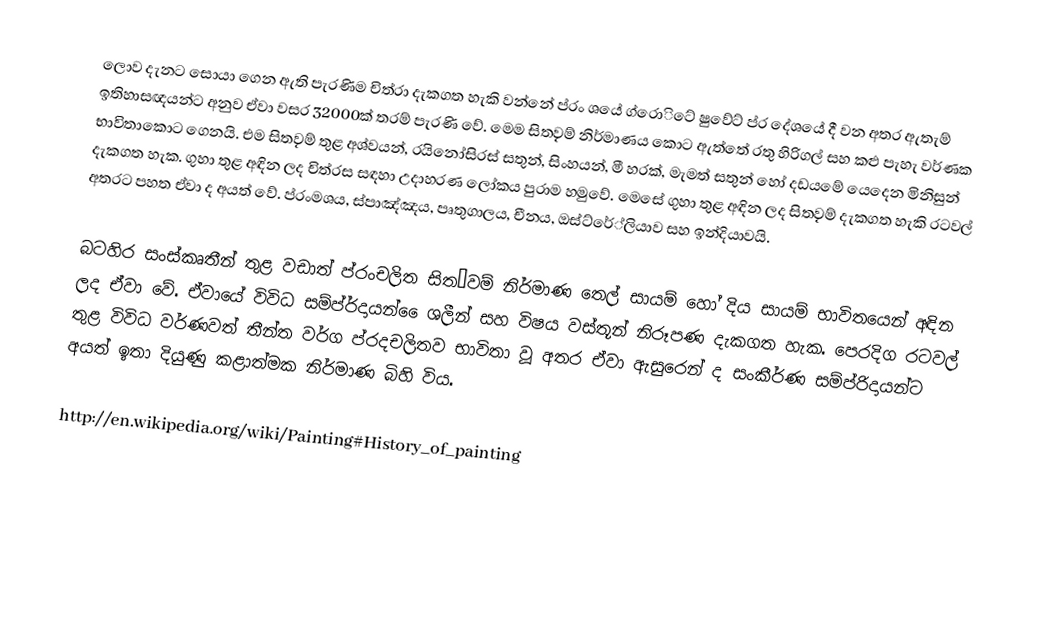
ලොව දැනට සොයා ගෙන ඇති පැරණිම චිත්රා දැකගත හැකි වන්නේ ප්රං ශයේ ග්රොිටේ ෂුවේට් ප්ර දේශයේ දී වන අතර ඇතැම් ඉතිහාසඥයන්ට අනුව ඒවා වසර 32000ක් තරම් පැරණි වේ. මෙම සිත˛වම් නිර්මාණය කොට ඇත්තේ රතු හිරිගල් සහ කළු පැහැ වර්ණක භාවිතාකොට ගෙනයි. එම සිත˛වම් තුළ අශ්වයන්, රයිනෝසිරස් සතුන්, සිංහයන්, මී හරක්, මැමත් සතුන් හෝ දඩයමේ යෙදෙන මිනිසුන් දැකගත හැක. ගුහා තුළ අඳින ලද චිත්රස සඳහා උදාහරණ ලෝකය පුරාම හමුවේ. මෙසේ ගුහා තුළ අඳින ලද සිත˛වම් දැකගත හැකි රටවල් අතරට පහත ඒවා ද අයත් වේ. ප්රංමශය, ස්පාඤ්ඤය, පෘතුගාලය, චීනය, ඔස්ට්රේ්ලියාව සහ ඉන්දියාවයි.

බටහිර සංස්කෘතීන් තුළ වඩාත් ප්රංචලිත සිත˛වම් නිර්මාණ තෙල් සායම් හෝ දිය සායම් භාවිතයෙන් අඳින ලද ‍ඒවා වේ. ඒවායේ විවිධ සම්ප්ර්දායන් ෙෙශලීන් සහ විෂය වස්තූන් නිරූපණ දැකගත හැක. පෙරදිග රටවල් තුළ විවිධ වර්ණවත් තීන්ත වර්ග ප්රදචලිතව භාවිතා වූ අතර ඒවා ඇසුරෙන් ද සංකීර්ණ සම්ප්රිදායන්ට අයත් ඉතා දියුණු කළාත්මක නිර්මාණ බිහි විය.

http://en.wikipedia.org/wiki/Painting#History_of_painting